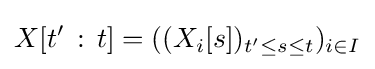
X[t'\,\mathrel {:} \,t]=((X_{i}[s])_{t'\leq s\leq t})_{i\in I}